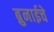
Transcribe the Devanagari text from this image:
ब्रुनाईचे